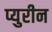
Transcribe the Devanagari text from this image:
प्युरीन